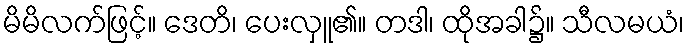
မိမိလက်ဖြင့်။ ဒေတိ၊ ပေးလှူ၏။ တဒါ၊ ထိုအခါ၌။ သီလမယံ၊